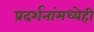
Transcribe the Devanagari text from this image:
प्रदर्शनांमध्येही